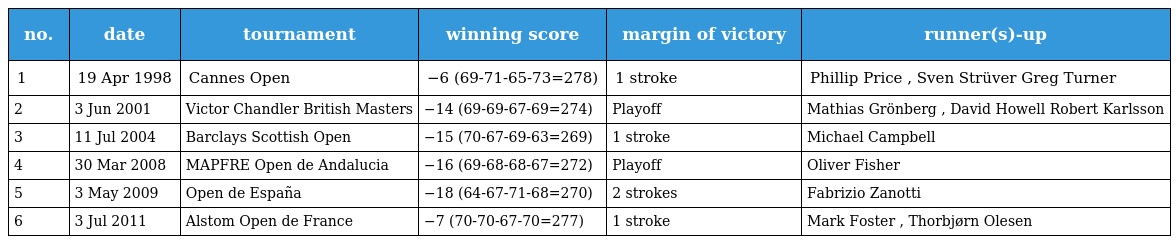
| no. | date | tournament | winning score | margin of victory | runner(s)-up |
 | --- | --- | --- | --- | --- | --- |
 | 1 | 19 Apr 1998 | Cannes Open | −6 (69-71-65-73=278) | 1 stroke | Phillip Price , Sven Strüver Greg Turner |
 | 2 | 3 Jun 2001 | Victor Chandler British Masters | −14 (69-69-67-69=274) | Playoff | Mathias Grönberg , David Howell Robert Karlsson |
 | 3 | 11 Jul 2004 | Barclays Scottish Open | −15 (70-67-69-63=269) | 1 stroke | Michael Campbell |
 | 4 | 30 Mar 2008 | MAPFRE Open de Andalucia | −16 (69-68-68-67=272) | Playoff | Oliver Fisher |
 | 5 | 3 May 2009 | Open de España | −18 (64-67-71-68=270) | 2 strokes | Fabrizio Zanotti |
 | 6 | 3 Jul 2011 | Alstom Open de France | −7 (70-70-67-70=277) | 1 stroke | Mark Foster , Thorbjørn Olesen |